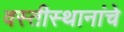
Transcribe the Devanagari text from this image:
वस्तीस्थानांचे